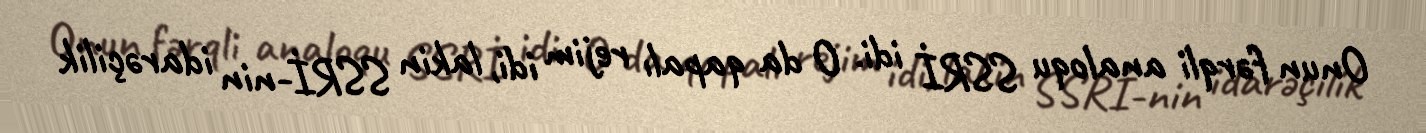
Onun fərqli analoqu SSRİ idi. O da qapalı rejim idi, lakin SSRİ-nin idarəçilik